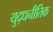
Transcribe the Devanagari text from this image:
युद्धनीतिक